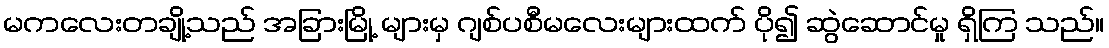
မကလေးတချို့သည် အခြားမြို့ များမှ ဂျစ်ပစီမလေးများထက် ပို၍ ဆွဲဆောင်မှု ရှိကြ သည်။